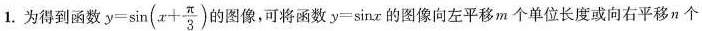
1.为得到函数$$y = \sin ( x + \frac { π } { 3 } )$$ 的图像，可将函数$$y = \sin x$$的图像向左平移m个单位长度或向右平移n个